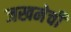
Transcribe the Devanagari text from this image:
जखमेची